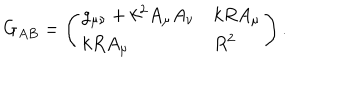
LaTeX: G _ { A B } = \left( \begin{array} { l l } { { g _ { \mu \nu } + k ^ { 2 } A _ { \mu } A _ { \nu } } } & { { k R A _ { \mu } } } \\ { { k R A _ { \mu } } } & { { R ^ { 2 } } } \\ \end{array} \right) .